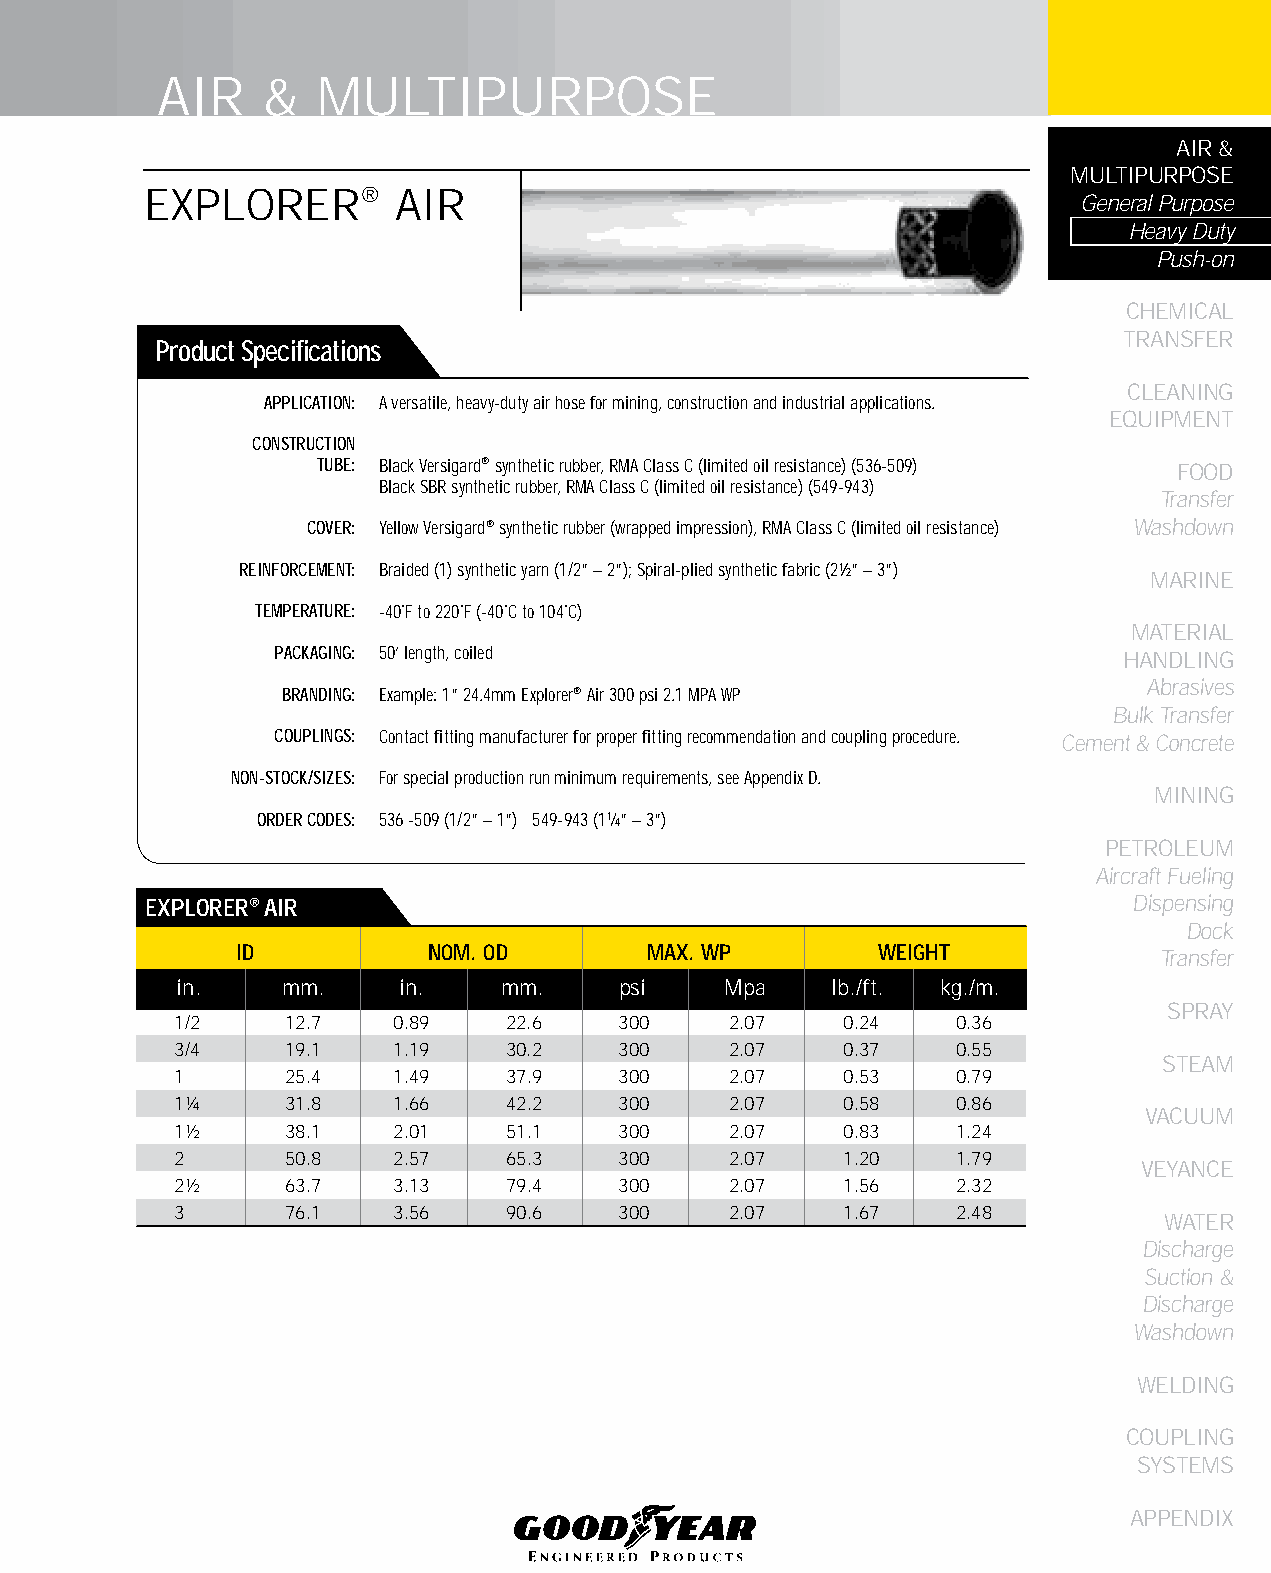
AIR    &   MULTIPURPOSE
 AIR &
 MULTIPURPOSE
 EXPLORER®       AIR
 General Purpose
 Heavy Duty
 Push-on
 CHEMICAL
 TRANSFER
 Product Specifications
 CLEANING
 APPLICATION: A versatile, heavy-duty air hose for mining, construction and industrial applications.
 EqUIPMENT
 CONSTRUCTION
 TUBE: Black Versigard® synthetic rubber, RMA Class C (limited oil resistance) (536-509) FOOD
 Black SBR synthetic rubber, RMA Class C (limited oil resistance) (549-943)
 Transfer
 COVER: Yellow Versigard® synthetic rubber (wrapped impression), RMA Class C (limited oil resistance) Washdown
 REINFORCEMENT: Braided (1) synthetic yarn (1/2” – 2”); Spiral-plied synthetic fabric (2½” – 3”)
 MARINE
 TEMPERATURE: -40˚F to 220˚F (-40˚C to 104˚C)
 MATERIAL
 PACKAGING: 50’ length, coiled                           HANDLING
 Abrasives
 BRANDING: Example: 1” 24.4mm Explorer® Air 300 psi 2.1 MPA WP
 Bulk Transfer
 COUPLINGS: Contact fitting manufacturer for proper fitting recommendation and coupling procedure. Cement & Concrete
 NON-STOCK/SIZES: For special production run minimum requirements, see Appendix D.
 MINING
 ORDER CODES: 536 -509 (1/2” – 1”) 549-943 (11⁄4” – 3”)
 PETROLEUM
 Aircraft Fueling
 EXPLORER® AIR                                                    Dispensing
 Dock
 ID          NOM. OD        MAX. WP        WEIGHT             Transfer
 in.    mm.     in.   mm.     psi    Mpa    lb./ft. kg./m.
 SPRAY
 1/2    12.7   0.89    22.6   300    2.07    0.24   0.36
 3/4    19.1   1.19    30.2   300    2.07    0.37   0.55
 STEAM
 1      25.4   1.49    37.9   300    2.07    0.53   0.79
 1¼     31.8   1.66    42.2   300    2.07    0.58   0.86
 VACUUM
 1½     38.1   2.01    51.1   300    2.07    0.83   1.24
 2      50.8   2.57    65.3   300    2.07    1.20   1.79
 VEYANCE
 2½     63.7   3.13    79.4   300    2.07    1.56   2.32
 3      76.1   3.56    90.6   300    2.07    1.67   2.48
 WATER
 Discharge
 Suction &
 Discharge
 Washdown
 WELDING
 COUPLING
 SYSTEMS
 APPENDIX
 29